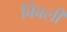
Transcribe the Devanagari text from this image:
बिंबली